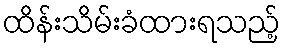
ထိန်းသိမ်းခံထားရသည့်